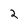
Character: 2